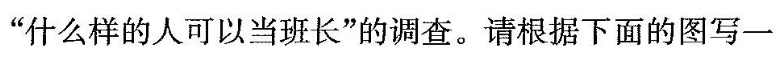
”什么样的人可以当班长”的调查。请根据下面的图写一